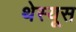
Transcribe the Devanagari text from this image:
थेस्यूस